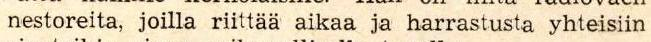
nestoreita, joilla riittää aikaa ja harrastusta yhteisiin